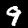
Label: 9